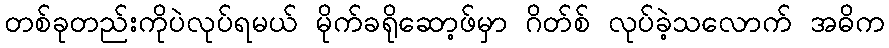
တစ်ခုတည်းကိုပဲလုပ်ရမယ် မိုက်ခရိုဆော့ဖ်မှာ ဂိတ်စ် လုပ်ခဲ့သလောက် အဓိက